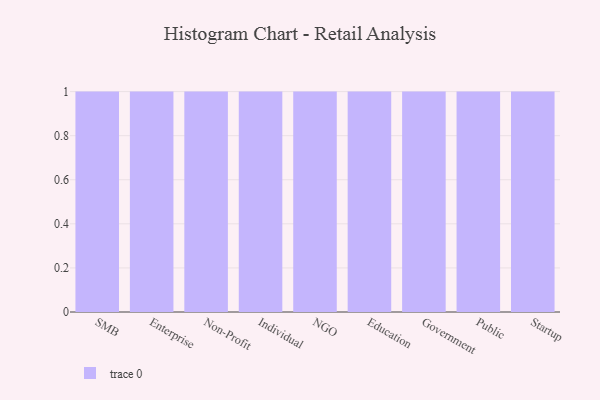
{"axis": {"x": "Segment", "y": "Shipments"}, "legend": [""], "data": [{"x": "SMB", "y": 44, "type": ""}, {"x": "Enterprise", "y": 93, "type": ""}, {"x": "Non-Profit", "y": 50, "type": ""}, {"x": "Individual", "y": 50, "type": ""}, {"x": "NGO", "y": 96, "type": ""}, {"x": "Education", "y": 38, "type": ""}, {"x": "Government", "y": 59, "type": ""}, {"x": "Public", "y": 75, "type": ""}, {"x": "Startup", "y": 74, "type": ""}]}